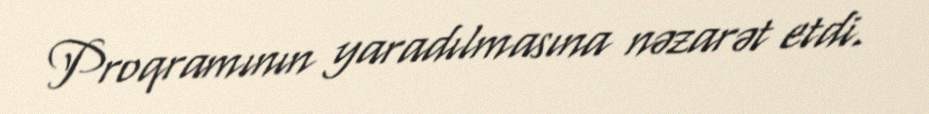
Proqramının yaradılmasına nəzarət etdi.